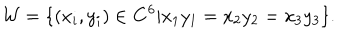
{ \cal W } = \{ ( x _ { i } , y _ { i } ) \in { \bf C } ^ { 6 } | x _ { 1 } y _ { 1 } = x _ { 2 } y _ { 2 } = x _ { 3 } y _ { 3 } \} .